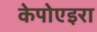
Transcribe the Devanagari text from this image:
केपोएइरा